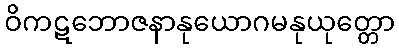
ဝိကဋဘောဇနာနုယောဂမနုယုတ္တော